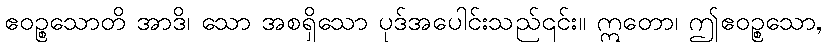
ဧဝဉ္စသောတိ အာဒိ၊ သော အစရှိသော ပုဒ်အပေါင်းသည်၎င်း။ ဣတော၊ ဤဧဝဉ္စသော,